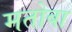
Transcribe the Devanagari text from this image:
मतोबा